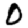
Digit: 0